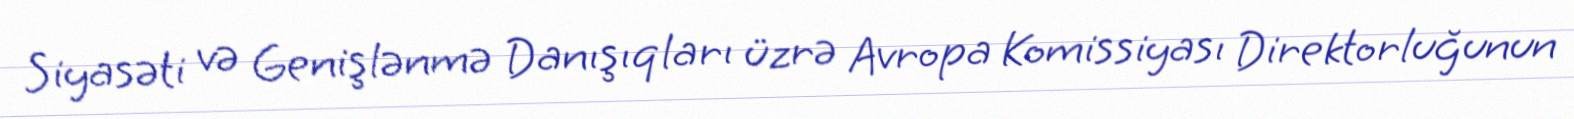
Siyasəti və Genişlənmə Danışıqları üzrə Avropa Komissiyası Direktorluğunun